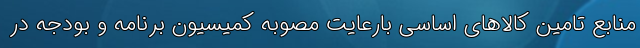
منابع تامین کالاهای اساسی بارعایت مصوبه کمیسیون برنامه و بودجه در